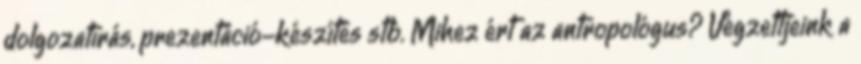
dolgozatírás, prezentáció-készítés stb. Mihez ért az antropológus? Végzettjeink a